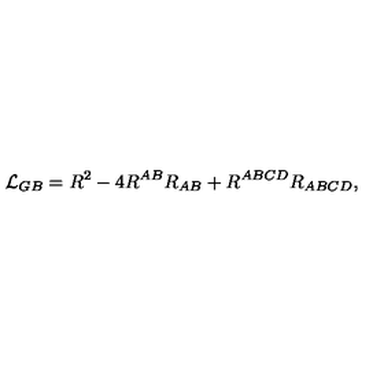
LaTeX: { \cal L } _ { G B } = R ^ { 2 } - 4 R ^ { A B } R _ { A B } + R ^ { A B C D } R _ { A B C D } ,